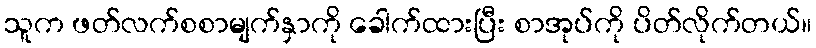
သူက ဖတ်လက်စစာမျက်နှာကို ခေါက်ထားပြီး စာအုပ်ကို ပိတ်လိုက်တယ်။